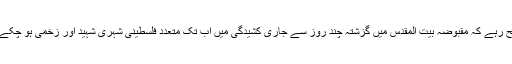
واضح رہے کہ مقبوضہ بیت المقدس میں گزشتہ چند روز سے جاری کشیدگی میں اب تک متعدد فلسطینی شہری شہید اور زخمی ہو چکے ہیں۔